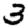
Digit: 3